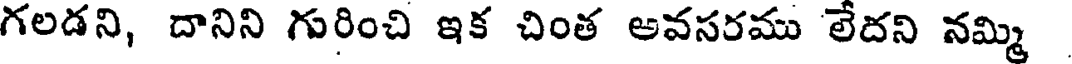
గలడని, దానిని గురించి ఇక చింత అవసరము లేదని నమ్మి